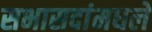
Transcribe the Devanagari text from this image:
सभासदांमधले